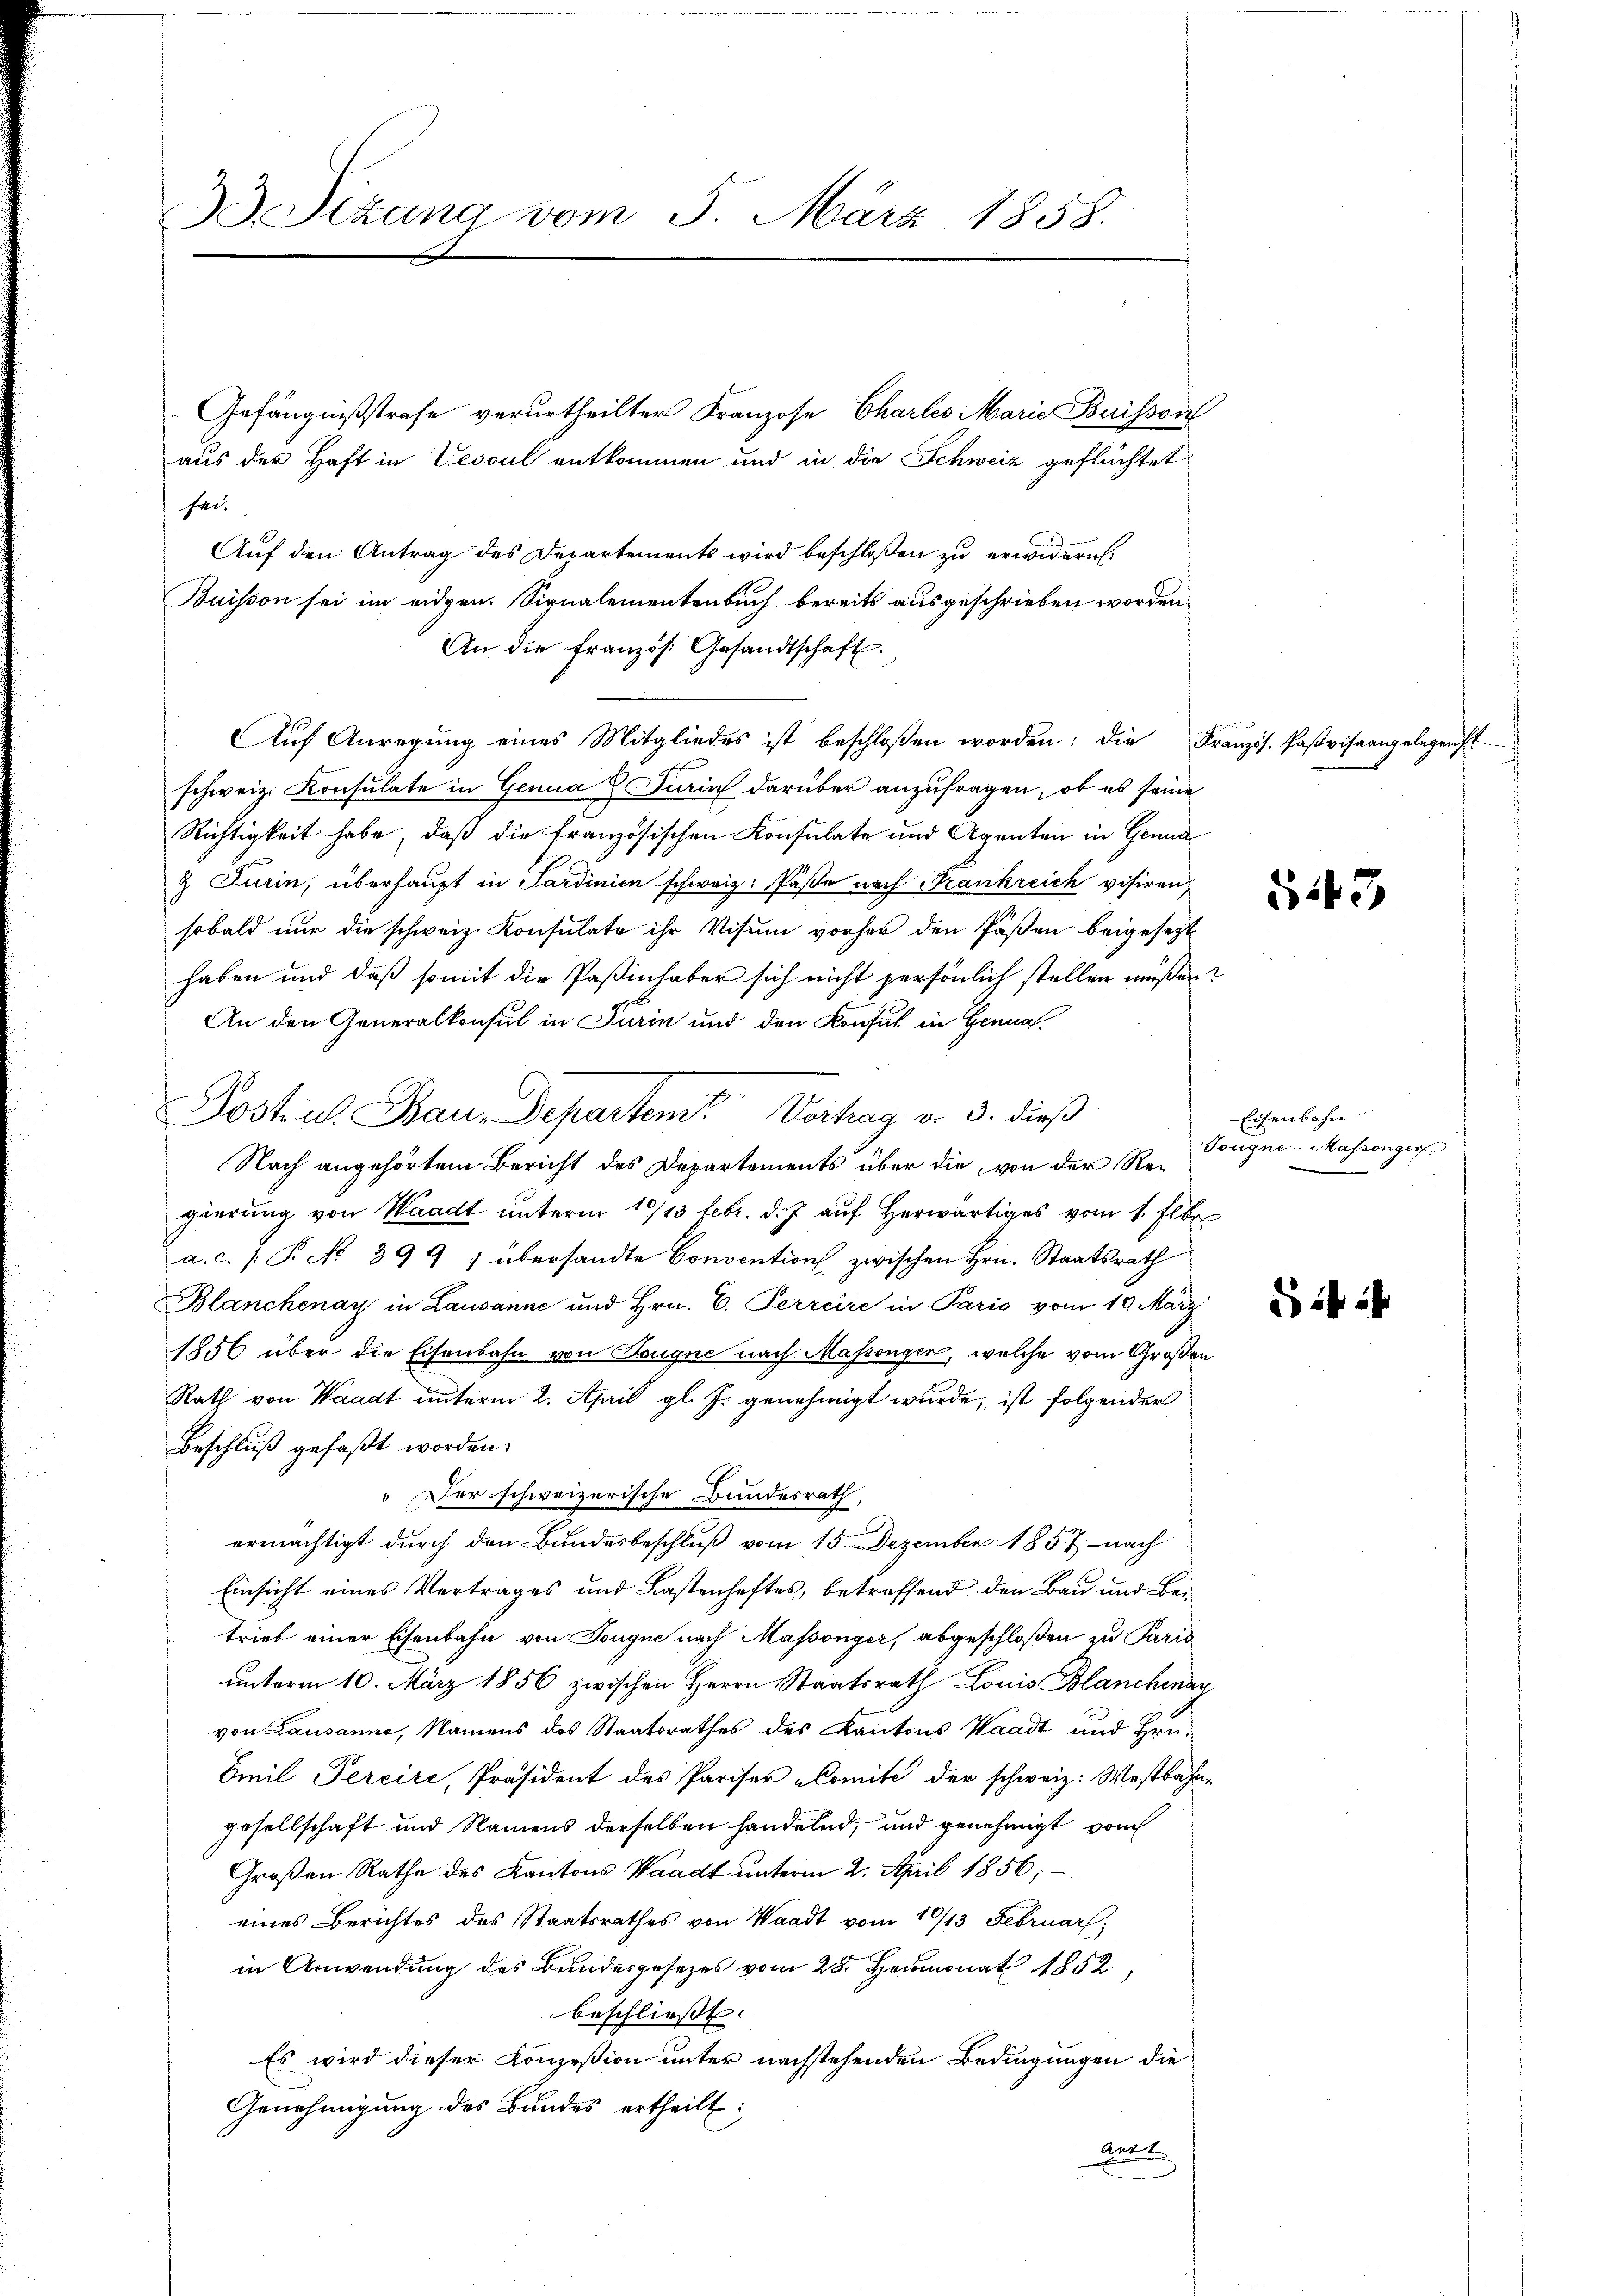
33. Sizung vom 5. März 1858.

Auf den Antrag des Departements wird beschloßen zu erwidern.
Buisson sei im eidgen. Signalementenbuch bereits ausgeschrieben worden,
An die französ. Gesandtschaft
Auf Anregung eines Mitgliedes ist beschloßen worden: die Französ. Pasvisaangelegenst
schweiz. Konsulate in Genua Turin darüber anzufragen, ob es seine
Richtigkeit habe, daß die französischen Konsulate und Agenten in Genua
9 Turin, überhaupt in Sardinien schweiz. Päße nach Frankreich visiren,
sobald nur die schweiz. Konsulate ihr Visum vorher den Päßen beigesezt
haben und daß somit die Paßinhaber sich nicht persönlich stellen müßen?
An den Generalkonsul in Turin und den Konsul in Hennal
Nach angehörtem Bericht des Departements über die von der Regierung von Waadt unterm 10/13 Febr. d. J. auf herwärtiges vom 1. Elber
a.c. (T. No 399) übersandte Convention zwischen Hrn. Staatsrath
Blanchenay in Lausanne und Hrn. C. Perreire in Pario vom 10. März
1856 über die Eisenbahn von Tongue nach Massenger, welche vom Großen
Rath von Waadt unterm 2. April gl. J. genehmigt wurde, ist folgender
Beschluß gefaßt worden.
" Der schweizerische Bundesrath,
ermächtigt durch den Bundesbeschluß vom 15. Dezember 1857 - nach
Einsicht eines Vertrages und Lastenheftes, betreffend den Bau und Bei-
trieb einer Eisenbahn von Tongue nach Massönger, abgeschloßen zu Paris
unterm 10. März 1856 zwischen Herrn Staatsrath Louis Blanchenar
von Lausanne, Namens des Staatsrathes des Kantons Waadt und Hrn.
Emil Percire, Präsident des Pariser-Comite der schweiz. Westbahngesellschaft und Namens derselben handelnd, und genehmigt vom
Großen Rathe des Kantons Waadt unterm 2. April 1856;
eines Berichtes des Staatsrathes von Waadt vom 10/13 Februar,
in Anwendung des Bundesgesetzes vom 28. Heumonat 1852,
beschließt:
Es wird dieser Konzession unter nachstehenden Bedingungen die
Genehmigung des Bundes ertheilt:
Rent

sei.

Gefängnißstrafe verurtheilter Franzose Chartes Marie Buissen
aus der Haft in Vesoul entkommen und in die Schweiz geflüchtet

Postul Bau-Departemt Vortrag v. 3. dieß

S.443

Eisenbahn
Tougne-Massenger.

S 114